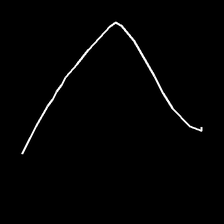
Glyph: region